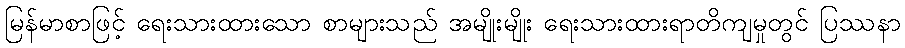
မြန်မာစာဖြင့် ရေးသားထားသော စာများသည် အမျိုးမျိုး ရေးသားထားရာတိကျမှုတွင် ပြဿနာ